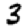
Digit: 3